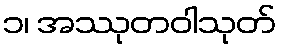
၁၊ အဿုတဝါသုတ်